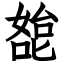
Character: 㗠